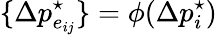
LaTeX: \{ \Delta p_{e_{ij}}^{\star}\} =\phi(\Delta p_{i}^{\star})